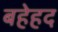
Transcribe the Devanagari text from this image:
बहेहद